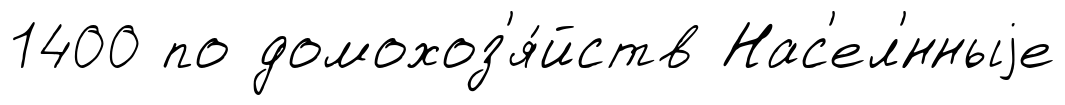
1400 по домохоз'я́йств Нас'ел'́нныjе